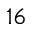
_ { 1 6 }